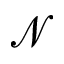
{ \mathcal N }